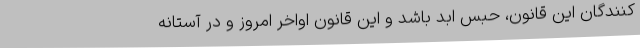
کنندگان این قانون، حبس ابد باشد و این قانون اواخر امروز و در آستانه